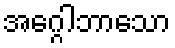
အဂ္ဂေါဘာသော